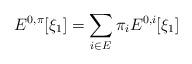
LaTeX: \begin{align*}E^{0,\pi}[\xi_1] = \sum_{i\in E}\pi_i E^{0,i}[\xi_1]\end{align*}